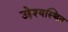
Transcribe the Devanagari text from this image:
उद्देश्यस्थित